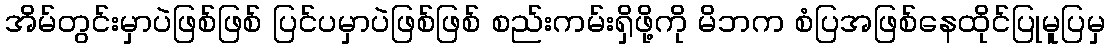
အိမ်တွင်းမှာပဲဖြစ်ဖြစ် ပြင်ပမှာပဲဖြစ်ဖြစ် စည်းကမ်းရှိဖို့ကို မိဘက စံပြအဖြစ်နေထိုင်ပြုမူပြမှ